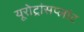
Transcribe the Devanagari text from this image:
यूरोट्रांसप्लांट